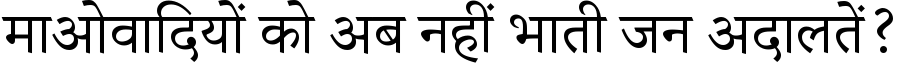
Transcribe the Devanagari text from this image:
माओवादियों को अब नहीं भाती जन अदालतें?